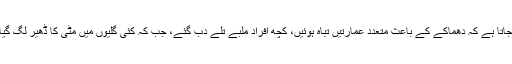
بتایا جاتا ہے کہ دھماکے کے باعث متعدد عمارتیں تباہ ہوئیں، کچھ افراد ملبے تلے دب گئے، جب کہ کئی گلیوں میں مٹی کا ڈھیر لگ گیا ہے۔